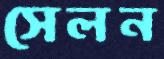
সেলন